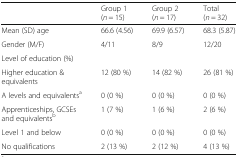
<table><thead><tr><td></td><td><b>Group 1 (<i>n</i> = 15)</b></td><td><b>Group 2 (<i>n</i> = 17)</b></td><td><b>Total (<i>n</i> = 32)</b></td></tr></thead><tbody><tr><td>Mean (SD) age</td><td>66.6 (4.56)</td><td>69.9 (6.57)</td><td>68.3 (5.87)</td></tr><tr><td>Gender (M/F)</td><td>4/11</td><td>8/9</td><td>12/20</td></tr><tr><td colspan="4">Level of education (%)</td></tr><tr><td>Higher education &amp; equivalents</td><td>12 (80 %)</td><td>14 (82 %)</td><td>26 (81 %)</td></tr><tr><td>A levels and equivalents<sup>a</sup></td><td>0 (0 %)</td><td>0 (0 %)</td><td>0 (0 %)</td></tr><tr><td>Apprenticeships, GCSEs and equivalents<sup>b</sup></td><td>1 (7 %)</td><td>1 (6 %)</td><td>2 (6 %)</td></tr><tr><td>Level 1 and below</td><td>0 (0 %)</td><td>0 (0 %)</td><td>0 (0 %)</td></tr><tr><td>No qualifications</td><td>2 (13 %)</td><td>2 (12 %)</td><td>4 (13 %)</td></tr></tbody></table>